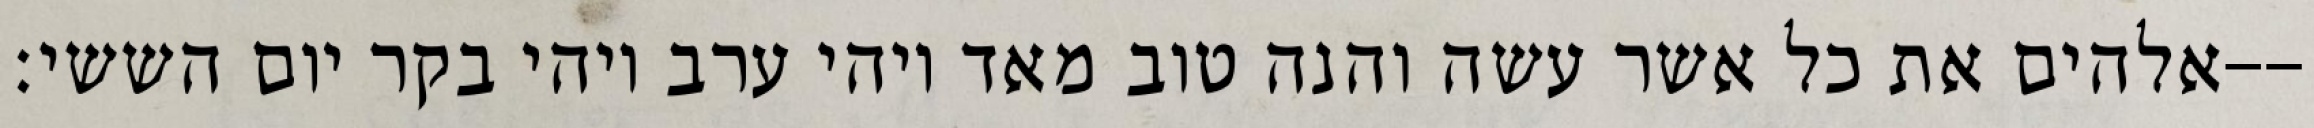
אלהים את כל אשר עשה והנה טוב מאד ויהי ערב ויהי בקר יום הששי׃--